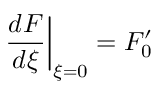
\left. \frac { d F } { d \xi } \right| _ { \xi = 0 } = F _ { 0 } ^ { \prime }